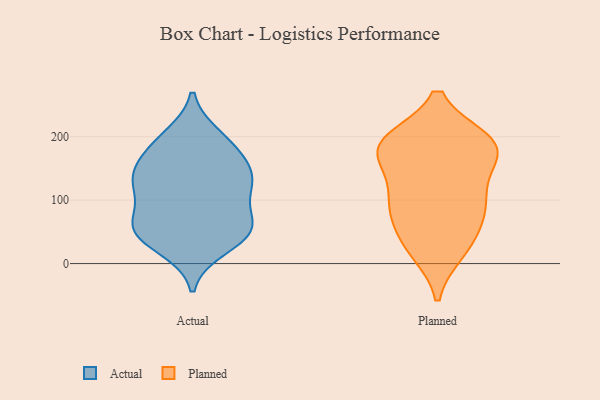
{"axis": {"x": "Shipments", "y": "Value"}, "legend": ["Actual", "Planned"], "data": [{"x": "", "y": 52, "type": "Actual"}, {"x": "", "y": 128, "type": "Actual"}, {"x": "", "y": 71, "type": "Actual"}, {"x": "", "y": 124, "type": "Actual"}, {"x": "", "y": 46, "type": "Actual"}, {"x": "", "y": 159, "type": "Actual"}, {"x": "", "y": 141, "type": "Actual"}, {"x": "", "y": 71, "type": "Actual"}, {"x": "", "y": 49, "type": "Actual"}, {"x": "", "y": 53, "type": "Actual"}, {"x": "", "y": 182, "type": "Actual"}, {"x": "", "y": 25, "type": "Actual"}, {"x": "", "y": 125, "type": "Actual"}, {"x": "", "y": 200, "type": "Actual"}, {"x": "", "y": 126, "type": "Actual"}, {"x": "", "y": 189, "type": "Actual"}, {"x": "", "y": 185, "type": "Planned"}, {"x": "", "y": 146, "type": "Planned"}, {"x": "", "y": 70, "type": "Planned"}, {"x": "", "y": 193, "type": "Planned"}, {"x": "", "y": 105, "type": "Planned"}, {"x": "", "y": 192, "type": "Planned"}, {"x": "", "y": 90, "type": "Planned"}, {"x": "", "y": 24, "type": "Planned"}, {"x": "", "y": 178, "type": "Planned"}, {"x": "", "y": 191, "type": "Planned"}, {"x": "", "y": 104, "type": "Planned"}, {"x": "", "y": 165, "type": "Planned"}, {"x": "", "y": 87, "type": "Planned"}, {"x": "", "y": 20, "type": "Planned"}, {"x": "", "y": 191, "type": "Planned"}, {"x": "", "y": 37, "type": "Planned"}]}